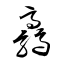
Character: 驫